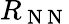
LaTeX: R_{\mathrm{~N~N~}}